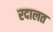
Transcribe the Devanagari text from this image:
रदालत